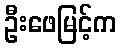
ဦးဖေမြင့်က